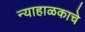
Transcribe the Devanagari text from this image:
न्याहाळकाचे